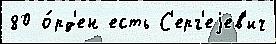
80 о́рд'ен есть С'ерг'еjев'ич